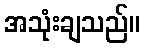
အသုံးချသည်။